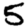
Digit: 5